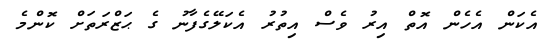
އެކަން އެހެން އޮތް އިރު ވެސް އިތުރު އެކަލޭގެފާނު ގެ ޙަޒްރަތަށް ކޮންމެ